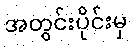
အတွင်းပိုင်းမှ